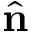
\hat { \bf n }